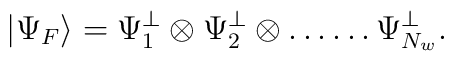
\left| \Psi _{F}\right\rangle =\Psi _{1}^{\perp }\otimes \Psi _{2}^{\perp}\otimes \ldots \ldots \Psi _{N_{w}}^{\perp }.